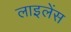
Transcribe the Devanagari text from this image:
लाइलेंस